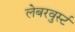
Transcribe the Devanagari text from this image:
लेबरवुर्स्ट